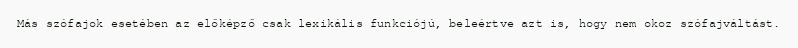
Más szófajok esetében az előképző csak lexikális funkciójú, beleértve azt is, hogy nem okoz szófajváltást.